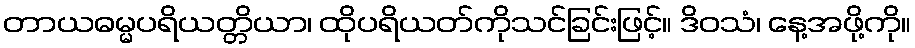
တာယဓမ္မပရိယတ္တိယာ၊ ထိုပရိယတ်ကိုသင်ခြင်းဖြင့်။ ဒိဝသံ၊ နေ့အဖို့ကို။